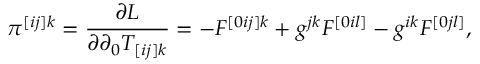
\pi ^ { [ i j ] k } = \frac { \partial { \cal L } } { \partial \partial _ { 0 } T _ { [ i j ] k } } = - F ^ { [ 0 i j ] k } + g ^ { j k } F _ { \ \ \ \l } ^ { [ 0 i l ] } - g ^ { i k } F _ { \ \ \ \ \l } ^ { [ 0 j l ] } ,